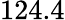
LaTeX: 124.4